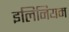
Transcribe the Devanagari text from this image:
इलिनियम